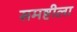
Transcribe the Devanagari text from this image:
समष्टीला